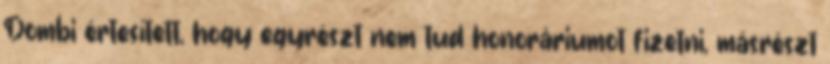
Dombi értesí­tett, hogy egyrészt nem tud honoráriumot fizetni, másrészt